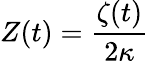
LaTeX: Z(t)=\frac{\zeta(t)}{2\kappa}